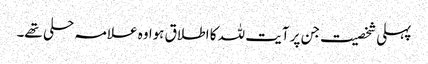
پہلی شخصیت جن پر آیت للہ کا اطلاق ہوا وہ علامہ حلی تھے۔